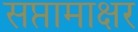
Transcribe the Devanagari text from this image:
सप्तामाक्षर